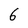
Character: 6